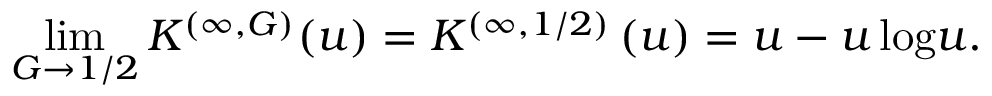
\operatorname* { l i m } _ { G \to 1 / 2 } K ^ { ( \infty , G ) } ( u ) = K ^ { ( \infty , 1 / 2 ) } \left( u \right) = u - { u \log } u .